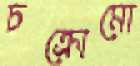
চক্রোমো